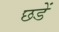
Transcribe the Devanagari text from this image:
छडें